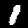
Digit: 1